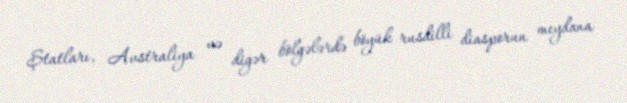
Ştatları, Avstraliya və digər bölgələrdə böyük rusdilli diasporun meydana